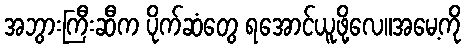
အဘွားကြီးဆီက ပိုက်ဆံတွေ ရအောင်ယူဖို့လေ။အမေ့ကို